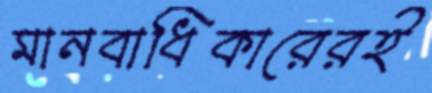
মানবাধিকারেরই